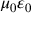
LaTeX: \mu _ { 0 } \varepsilon _ { 0 }